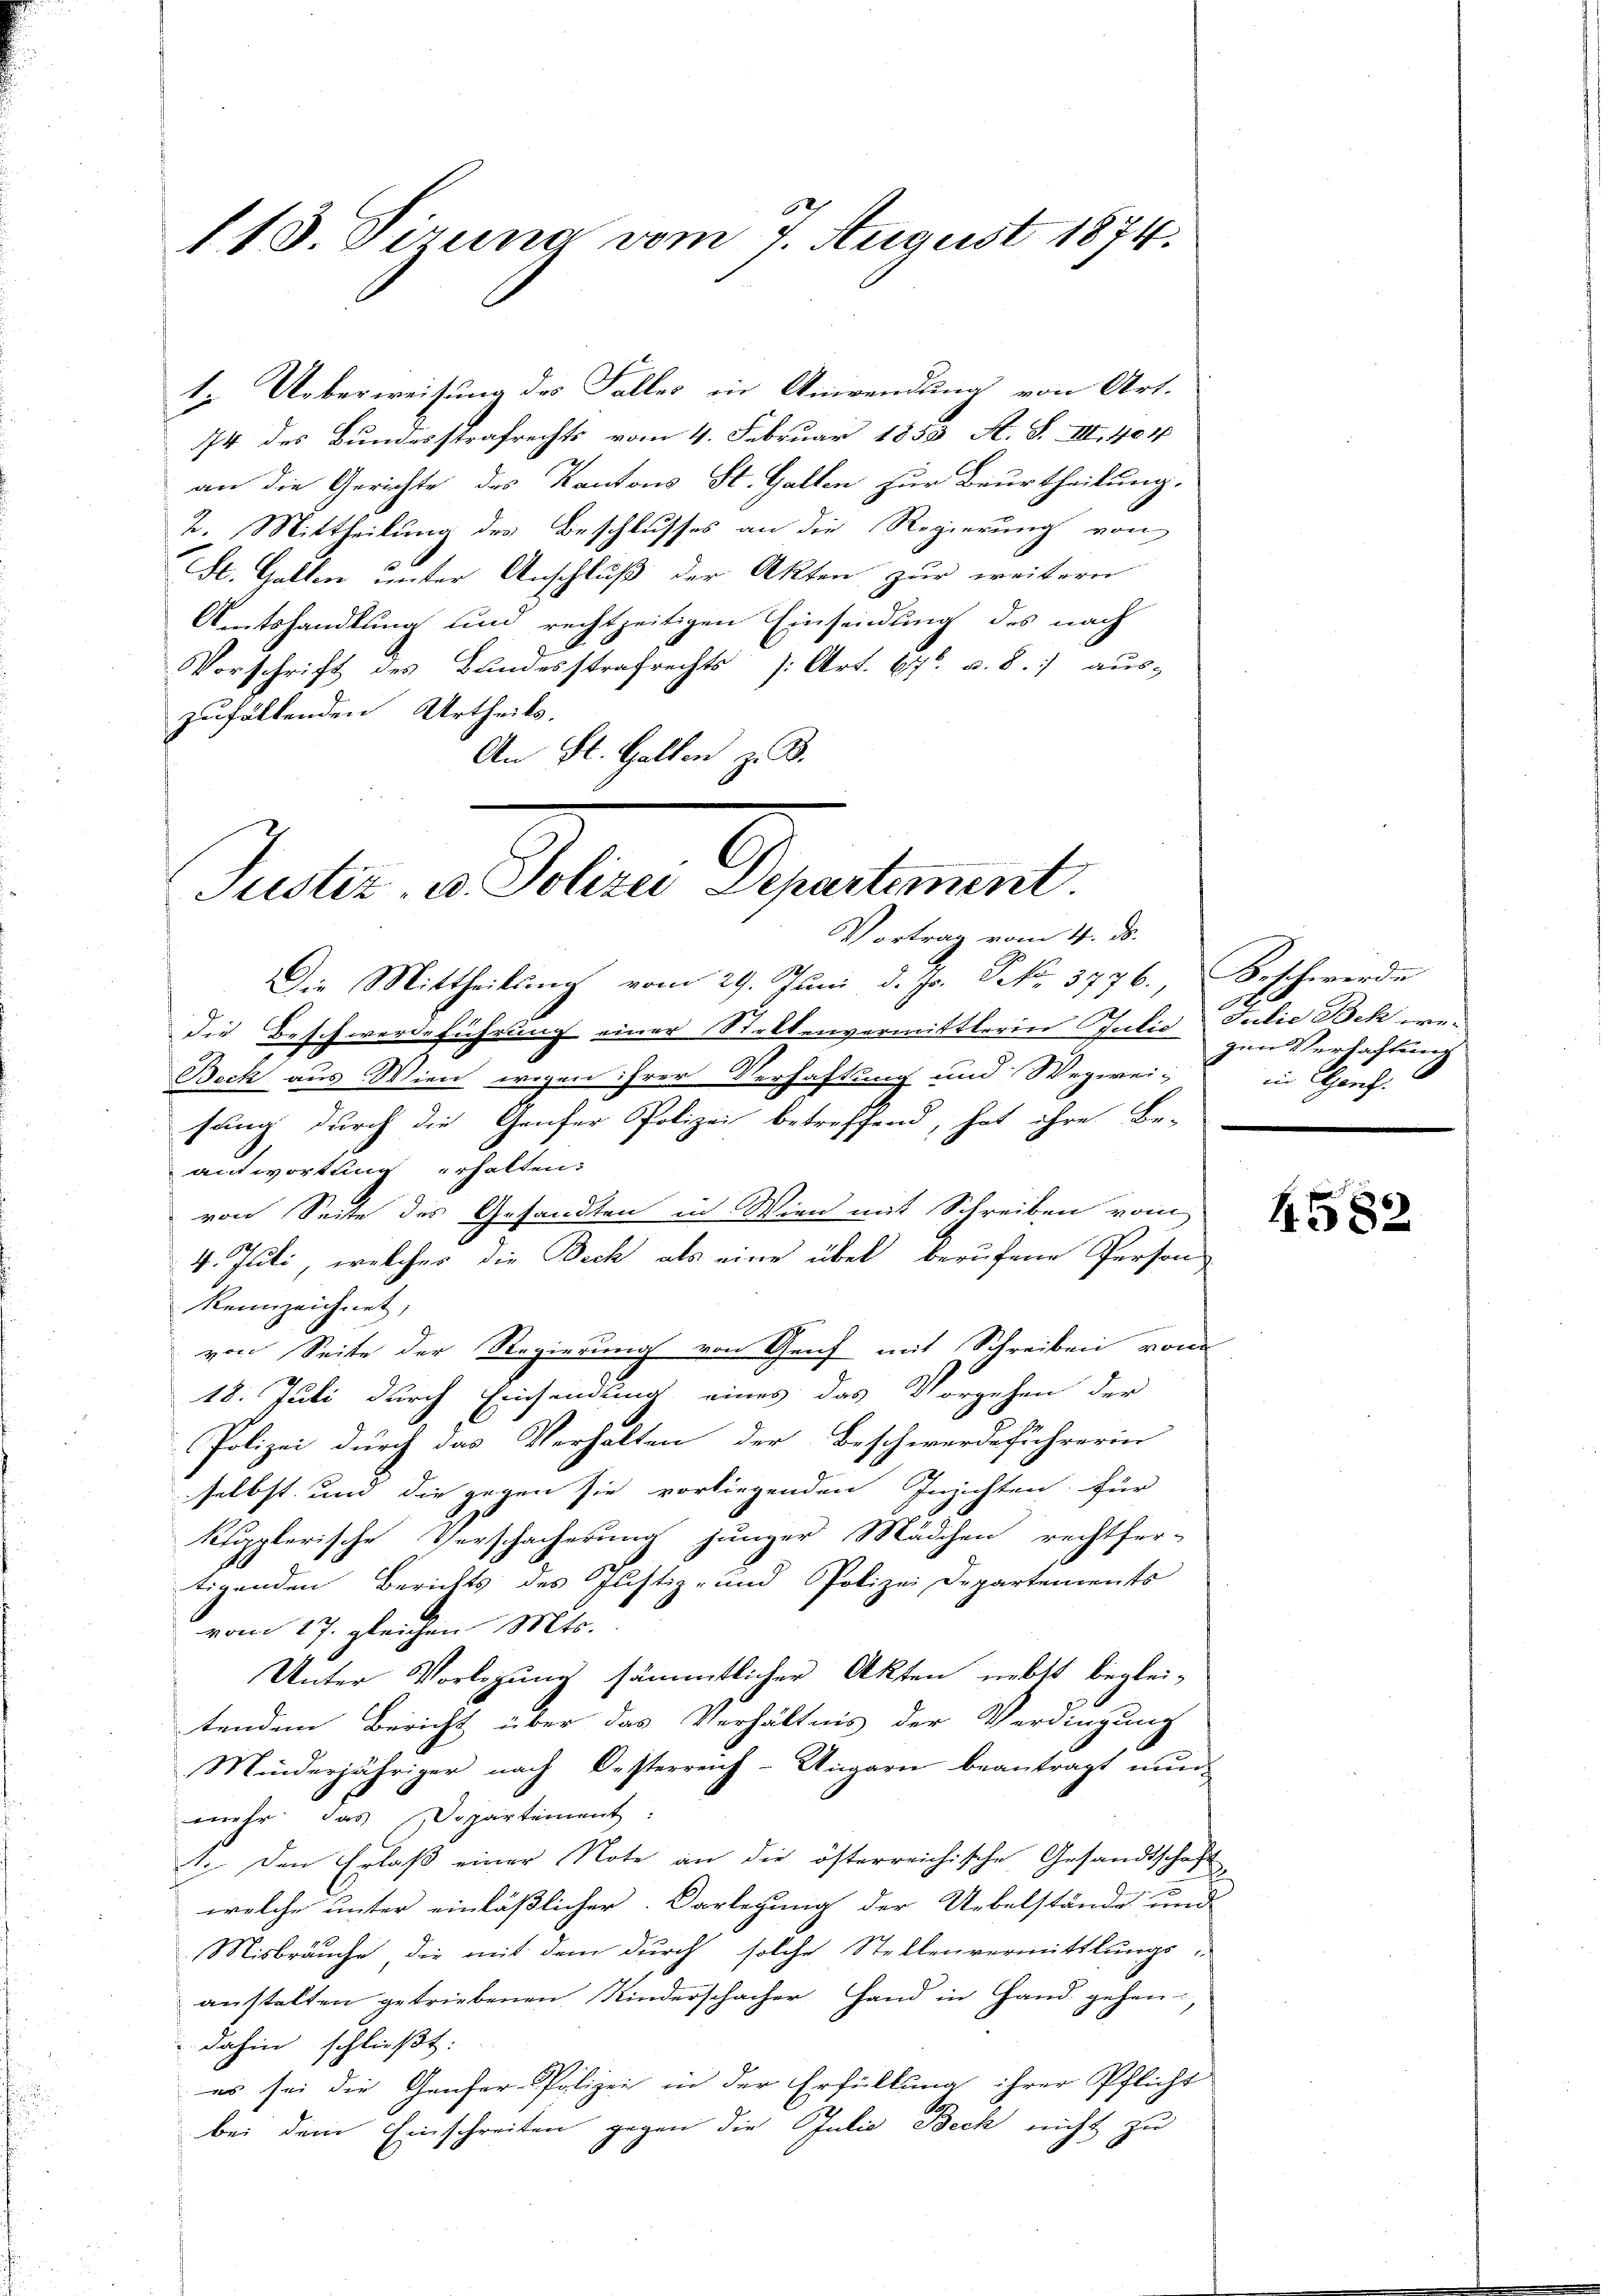
113. Sirung vom 7. August 1874.

1. Ueberweisung des Falles in Anwendung von Art.
14 des Bundesstrafrechts vom 4. Februar 1853 A. S. IIII. 404
an die Gerichte des Kantons St. Gallen zur Beurtheilung.
2. Mittheilung des Beschlusses an die Regierung von
St. Gallen unter Anschluß der Akten zur weitern
Amtshandlung und rechtzeitigen Einsendung des nach
Vorschrift des Bundesstrafrechts [Art. 67. v. 8. aus-
zufällenden Urtheils.
An St. Gallen z. B.

Justiz- u. Polizei Departement.
Vortrag vom 4. ds.

Die Mittheilung vom 29. Juni d. Js. Frk. 3776, Beschwerde
die Beschwerdeführung einer Stellenvermittlerin Julie Julie Bek we¬
Beck aus Wien wegen ihrer Verhaftung und Wegweisung durch die Genfer Polizei betreffend, hat ihre Be-
antwortung erhalten.
von Seite des Gesandten in Wien mit Schreiben vom
4. Juli, welcher die Beck als eine übel berufene Person
kennzeichnet,
von Seite der Regierung von Genf mit Schreiben von
18. Juli durch Einsendung eines das Vorgehen der
Polizei durch das Verhalten der Beschwerdeführerin
selbst und die gegen sie vorliegenden Inzichten für
klopplerische Verschächerung junger Mädchen rechtfer-
tigenden Berichts des Justiz- und Polizei Departements
vom 17. gleichen Mts.
Unter Vorlegung sämmtlicher Akten nebst begleitendem Bericht über das Verhältnis der Verdingung
Minderjähriger nach Oesterreich-Ungarn beantragt nunmehr das Departiment.
1. Den Erlaß einer Note an die österreichische Gesandtschaft
welche unter einläßlicher Vorlegung der Uebelstände und
Misbräuche, die mit dem durch solche Stellenvermittlungs-
anstalten getriebenen Kinderschacher Hand in Hand gehen,
dahin schließt:
es sei die Genfer-Polizei in der Erfüllung ihrer Pflicht
bei dem Einschreiten gegen die Julio Beck nicht zu

1
gien Verhaftung
in Genf.

1582